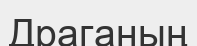
Драганың